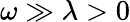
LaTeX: \omega\gg\lambda>0